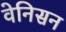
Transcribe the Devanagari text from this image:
वेनिसन